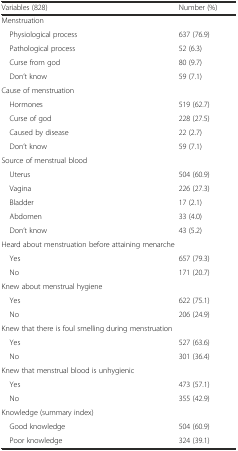
<table><thead><tr><td><b>Variables (828)</b></td><td><b>Number (%)</b></td></tr></thead><tbody><tr><td colspan="2">Menstruation</td></tr><tr><td> Physiological process</td><td>637 (76.9)</td></tr><tr><td> Pathological process</td><td>52 (6.3)</td></tr><tr><td> Curse from god</td><td>80 (9.7)</td></tr><tr><td> Don’t know</td><td>59 (7.1)</td></tr><tr><td colspan="2">Cause of menstruation</td></tr><tr><td> Hormones</td><td>519 (62.7)</td></tr><tr><td> Curse of god</td><td>228 (27.5)</td></tr><tr><td> Caused by disease</td><td>22 (2.7)</td></tr><tr><td> Don’t know</td><td>59 (7.1)</td></tr><tr><td colspan="2">Source of menstrual blood</td></tr><tr><td> Uterus</td><td>504 (60.9)</td></tr><tr><td> Vagina</td><td>226 (27.3)</td></tr><tr><td> Bladder</td><td>17 (2.1)</td></tr><tr><td> Abdomen</td><td>33 (4.0)</td></tr><tr><td> Don’t know</td><td>43 (5.2)</td></tr><tr><td colspan="2">Heard about menstruation before attaining menarche</td></tr><tr><td> Yes</td><td>657 (79.3)</td></tr><tr><td> No</td><td>171 (20.7)</td></tr><tr><td colspan="2">Knew about menstrual hygiene</td></tr><tr><td> Yes</td><td>622 (75.1)</td></tr><tr><td> No</td><td>206 (24.9)</td></tr><tr><td colspan="2">Knew that there is foul smelling during menstruation</td></tr><tr><td> Yes</td><td>527 (63.6)</td></tr><tr><td> No</td><td>301 (36.4)</td></tr><tr><td colspan="2">Knew that menstrual blood is unhygienic</td></tr><tr><td> Yes</td><td>473 (57.1)</td></tr><tr><td> No</td><td>355 (42.9)</td></tr><tr><td>Knowledge (summary index)</td><td></td></tr><tr><td> Good knowledge</td><td>504 (60.9)</td></tr><tr><td> Poor knowledge</td><td>324 (39.1)</td></tr></tbody></table>